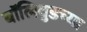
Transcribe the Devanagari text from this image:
बॉलिवुडच्या